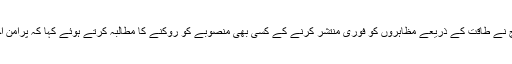
جمعہ کو ایک بیان میں ہیومن رائٹس واچ نے طاقت کے ذریعے مظاہروں کو فوری منتشر کرنے کے کسی بھی منصوبے کو روکنے کا مطالبہ کرتے ہوئے کہا کہ پرامن اجتماع کے حق کا احترام کیا جانا چاہیے۔